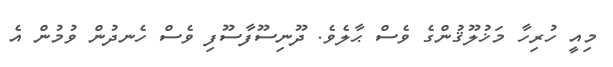
މިއީ ހުރިހާ މަޚުލޫޤުންގެ ވެސް ޙާލެވެ. ދޫނިސޫފާސޫފި ވެސް ހެނދުން ވުމުން އެ